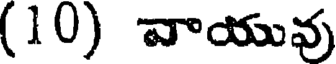
(10) వాయువు